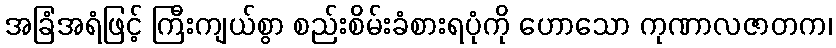
အခြံအရံဖြင့် ကြီးကျယ်စွာ စည်းစိမ်းခံစားရပုံကို ဟောသော ကုဏာလဇာတက၊